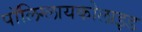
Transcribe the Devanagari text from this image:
पॉलिग्लायकोलाइड